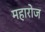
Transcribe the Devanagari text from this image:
महारोज